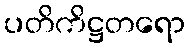
ပတိကိဋ္ဌတရော